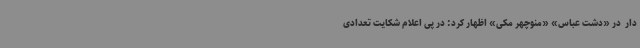
دار  در «دشت عباس» «منوچهر مکی» اظهار کرد: در پی اعلام شکایت تعدادی